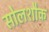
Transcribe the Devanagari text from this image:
सोलशौक